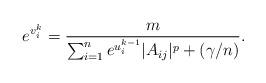
LaTeX: \begin{align*}e^{v_i^{k}} = \frac{m}{\sum_{i = 1}^ne^{u^{k-1}_i}|A_{ij}|^p + (\gamma/n)}.\end{align*}